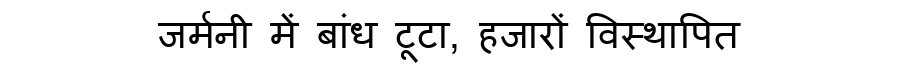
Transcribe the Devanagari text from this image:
जर्मनी में बांध टूटा, हजारों विस्थापित